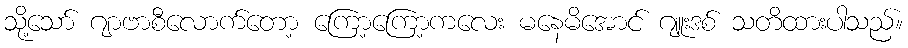
သို့သော် ဂျာဗာစီလောက်တော့ ကြော့ကြော့ကလေး မနေမိအောင် ဂျူးဒစ် သတိထားပါသည်။